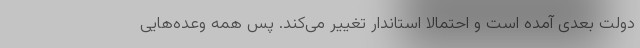
دولت بعدی آمده است و احتمالاً استاندار تغییر می‌کند. پس همه وعده‌هایی